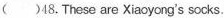
( )48.These are Xiaoyong's socks.